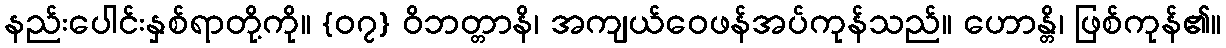
နည်းပေါင်းနှစ်ရာတို့ကို။ {၀၇} ဝိဘတ္တာနိ၊ အကျယ်ဝေဖန်အပ်ကုန်သည်။ ဟောန္တိ၊ ဖြစ်ကုန်၏။